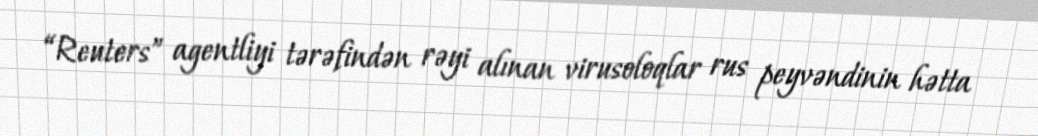
“Reuters” agentliyi tərəfindən rəyi alınan virusoloqlar rus peyvəndinin hətta